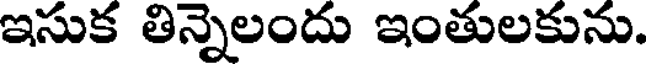
ఇసుక తిన్నెలందు ఇంతులకును.